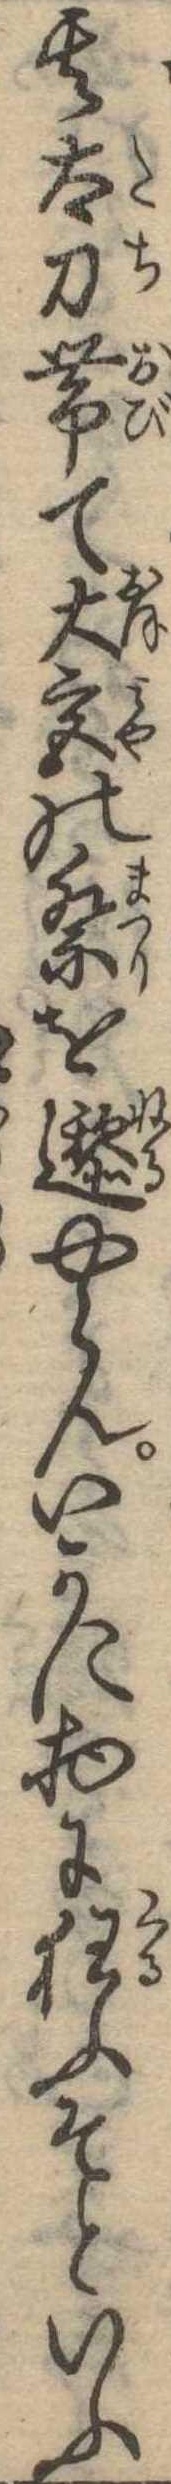
其太刀帯て大宮の祭をやらんいかに物に狂ふぞといふ